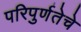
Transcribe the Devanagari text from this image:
परिपुर्णतेचे